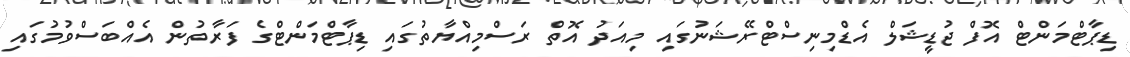
ޑިޕާޓްމަންޓް އޮފް ޖުޑީޝަލް އެޑްމިނިސްޓްރޭޝަނުގައި މިއަދު އޮތް ރަސްމިއްޔާތުގައި ޑިޕާޓްމަންޓްގެ ފަރާތުން އެއްބަސްވުމުގައި